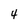
Character: 4